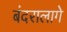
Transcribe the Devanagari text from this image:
बंदरालागे